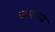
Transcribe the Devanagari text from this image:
जमराव